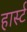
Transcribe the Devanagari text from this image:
हार्स्ट